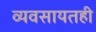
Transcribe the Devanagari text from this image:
व्यवसायतही